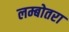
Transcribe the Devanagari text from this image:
लम्बोतरा